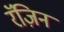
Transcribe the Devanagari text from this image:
रॅज़िन